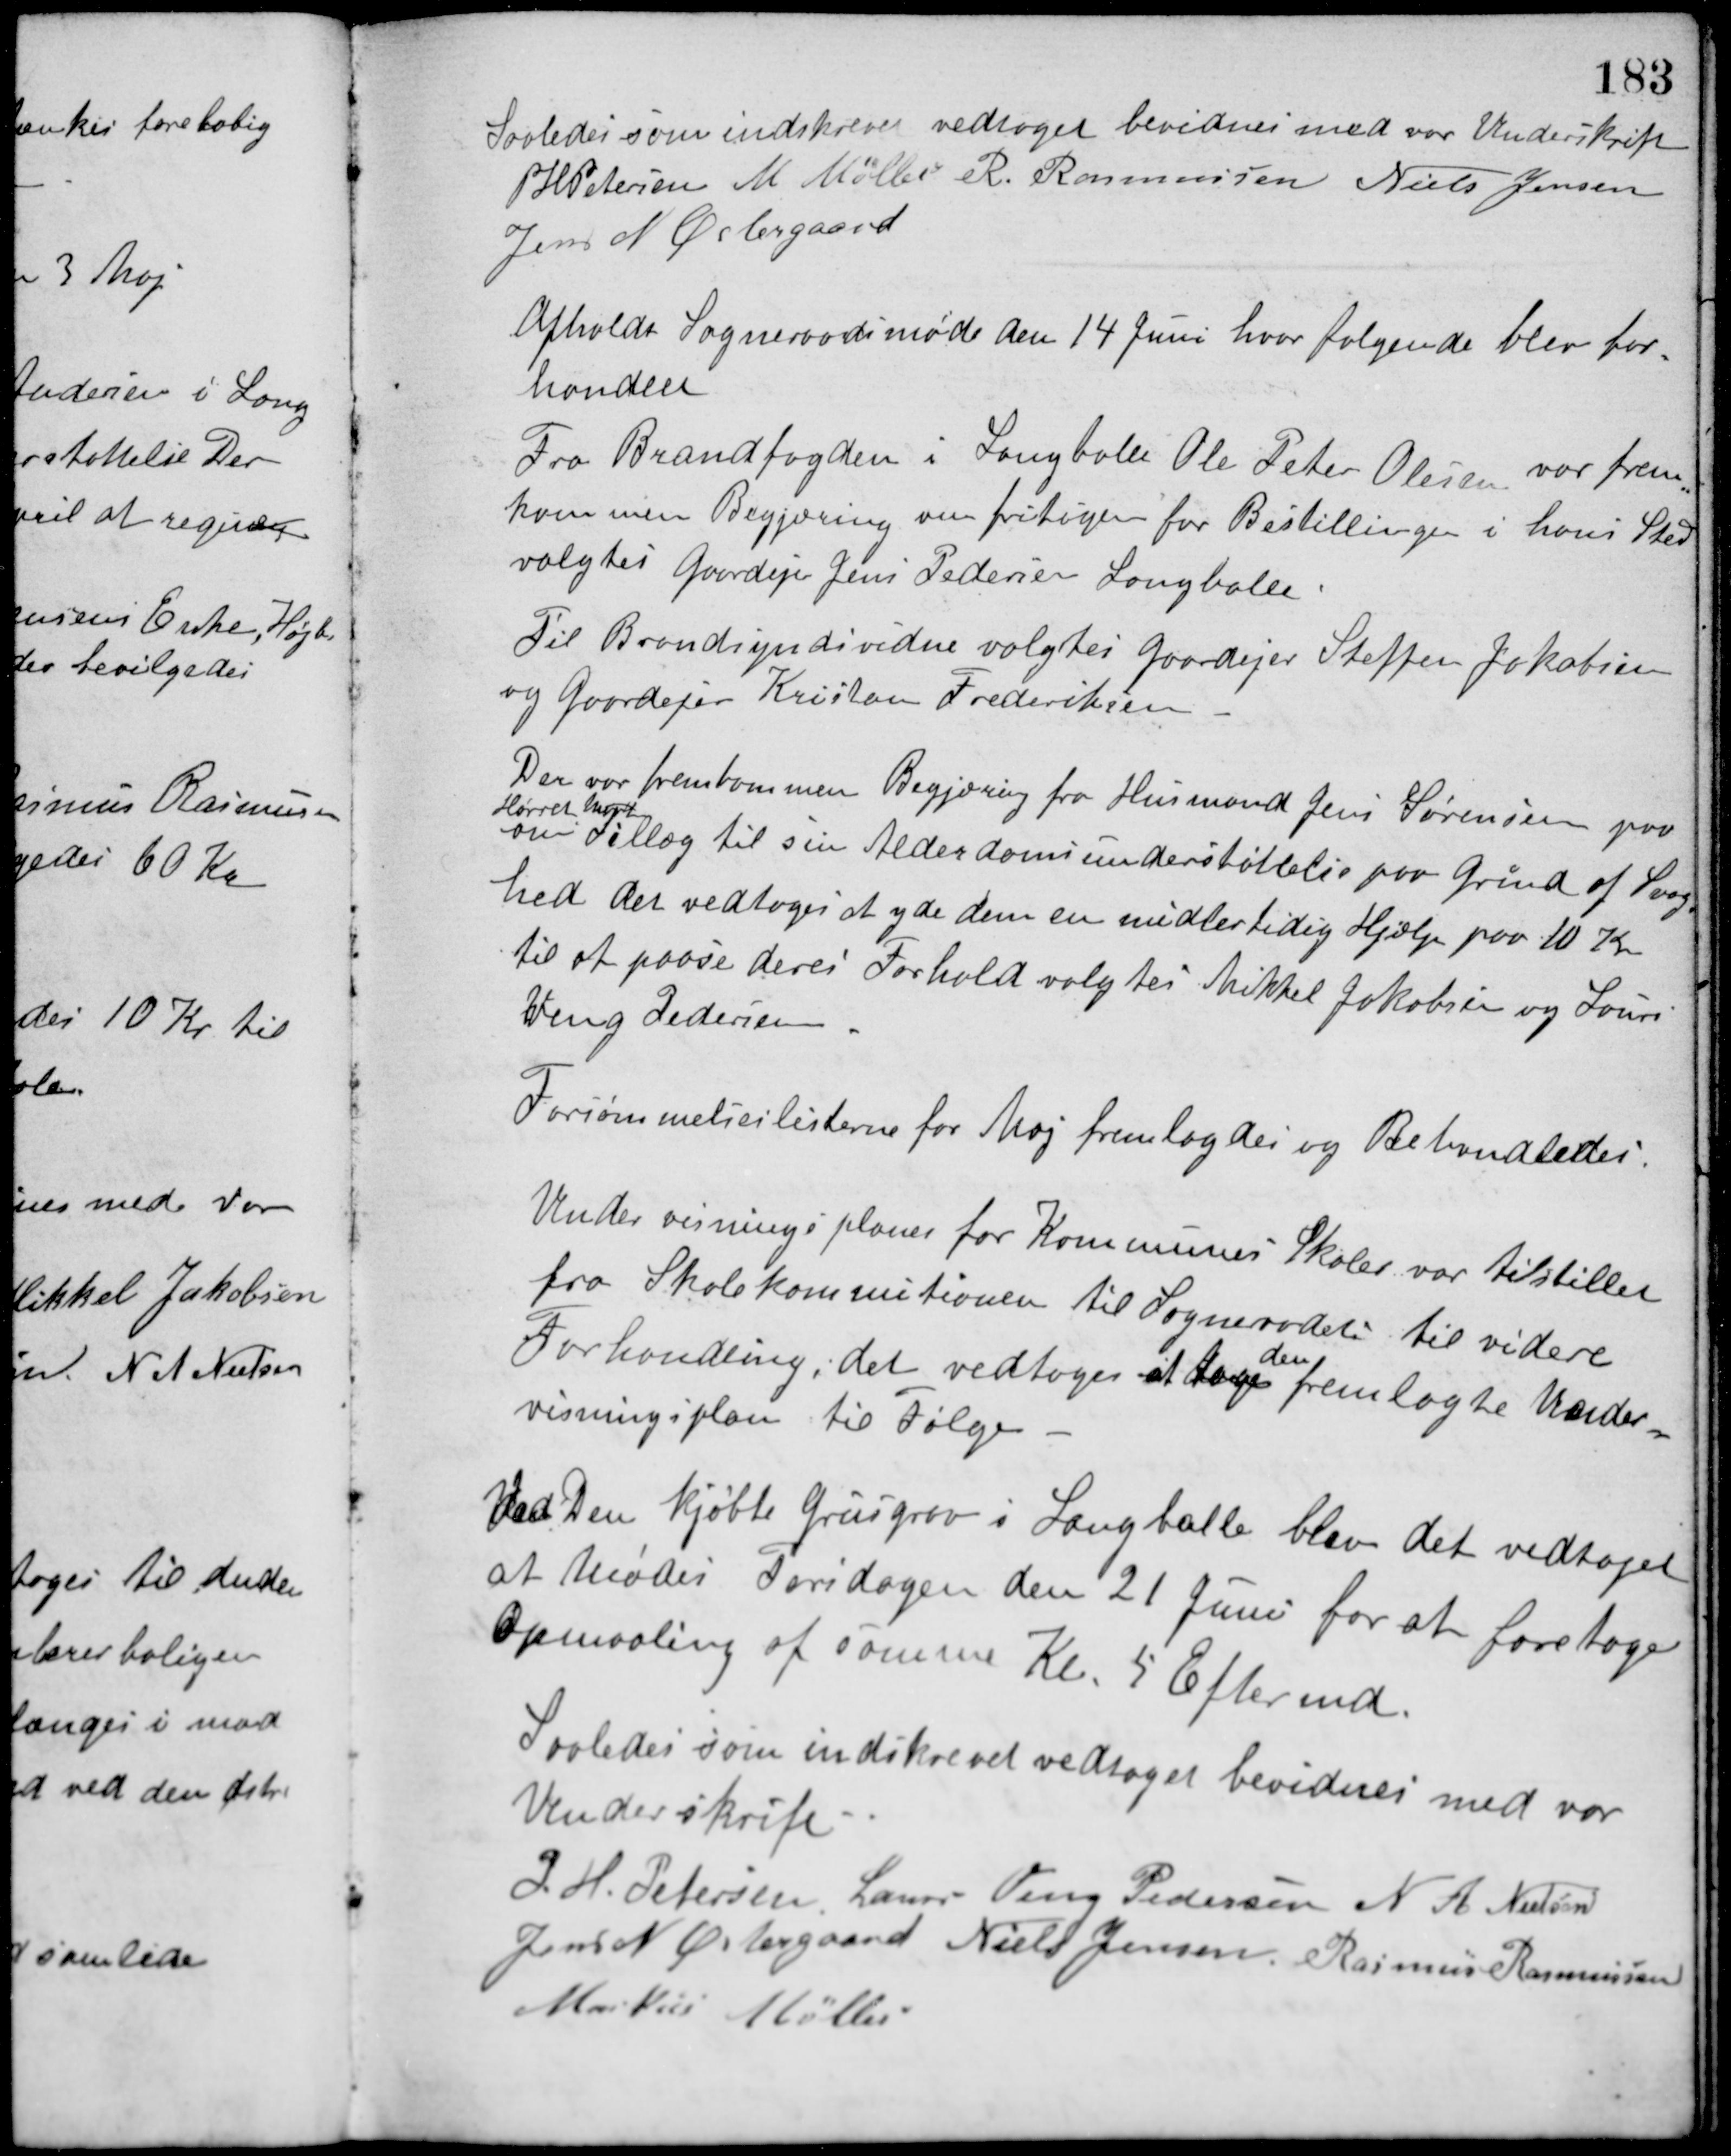
Transskription:
Saaledes som indskrevet vedtaget bevidnes med vor Underskrift.
P. H. Petersen M. Møller R. Rasmussen Niels Jensen
Jens N. Østergaard
Afholdt Sogneraadsmøde den 14 Juni hvor følgende blev for-
handlet.
Fra Brandfogden i Langballe Ole Peter Olesen var frem-
kommen Begjæring om fritagen for Bestillingen i hans Sted
valgtes Gaardejer Jens Pedersen Langballe.
Til Brandsynsvidne valgtes Gaardejer Steffen Jakobsen
og Gaardejer Kristian Frederiksen.
Der var fremkommen Begjæring fra Husmand Jens Sørensen paa
Hørret Mark
om Tillæg til sin Alderdomsunderstøttelse paa Grund af Svag-
hed det vedtoges at yde dem en midlertidig Hjælp paa 10 Kr.
til at paase deres Forhold valgtes Mikkel Jakobsen og Laurs
Veng Pedersen.
Forsømmelseslisterne for Maj fremlagdes og Behandledes.
Undervisningsplaner for Kommunes Skoler var tilstillet
fra Skolekommitionen til Sognerådets til videre
Forhandling, det vedtoges at tage
den
fremlagte Under-
visningsplan til Følge.
Ved Den kjøbte Grusgrav i Langballe blev det vedtaget
at Mødes Torsdagen den 21 Juni for at foretage
Opmaaling af samme Kl. 5 Eftermd.
Saaledes som indskrevet vedtaget bevidnes med vor
Underkrift.
P. H. Petersen Laurs Veng Pedersen N. A. Nielsen
Jens N. Østergaard Niels Jensen Rasmus Rasmussen
Markus Møller